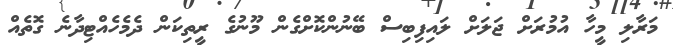
މަރާލި މީހާ އުމުރަށް ޖަލަށް ލައިފިބިސް ބޭނުންކޮށްގެން މޫނުގެ ރީތިކަން ދެމެހެއްޓިދާނެ ގޮތެއް